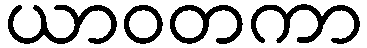
ယာဝတကာ